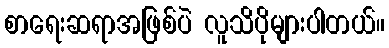
စာရေးဆရာအဖြစ်ပဲ လူသိပိုများပါတယ်။